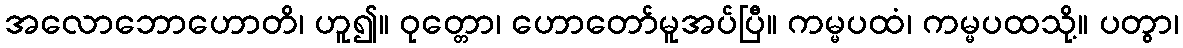
အလောဘောဟောတိ၊ ဟူ၍။ ဝုတ္တော၊ ဟောတော်မူအပ်ပြီ။ ကမ္မပထံ၊ ကမ္မပထသို့။ ပတွာ၊